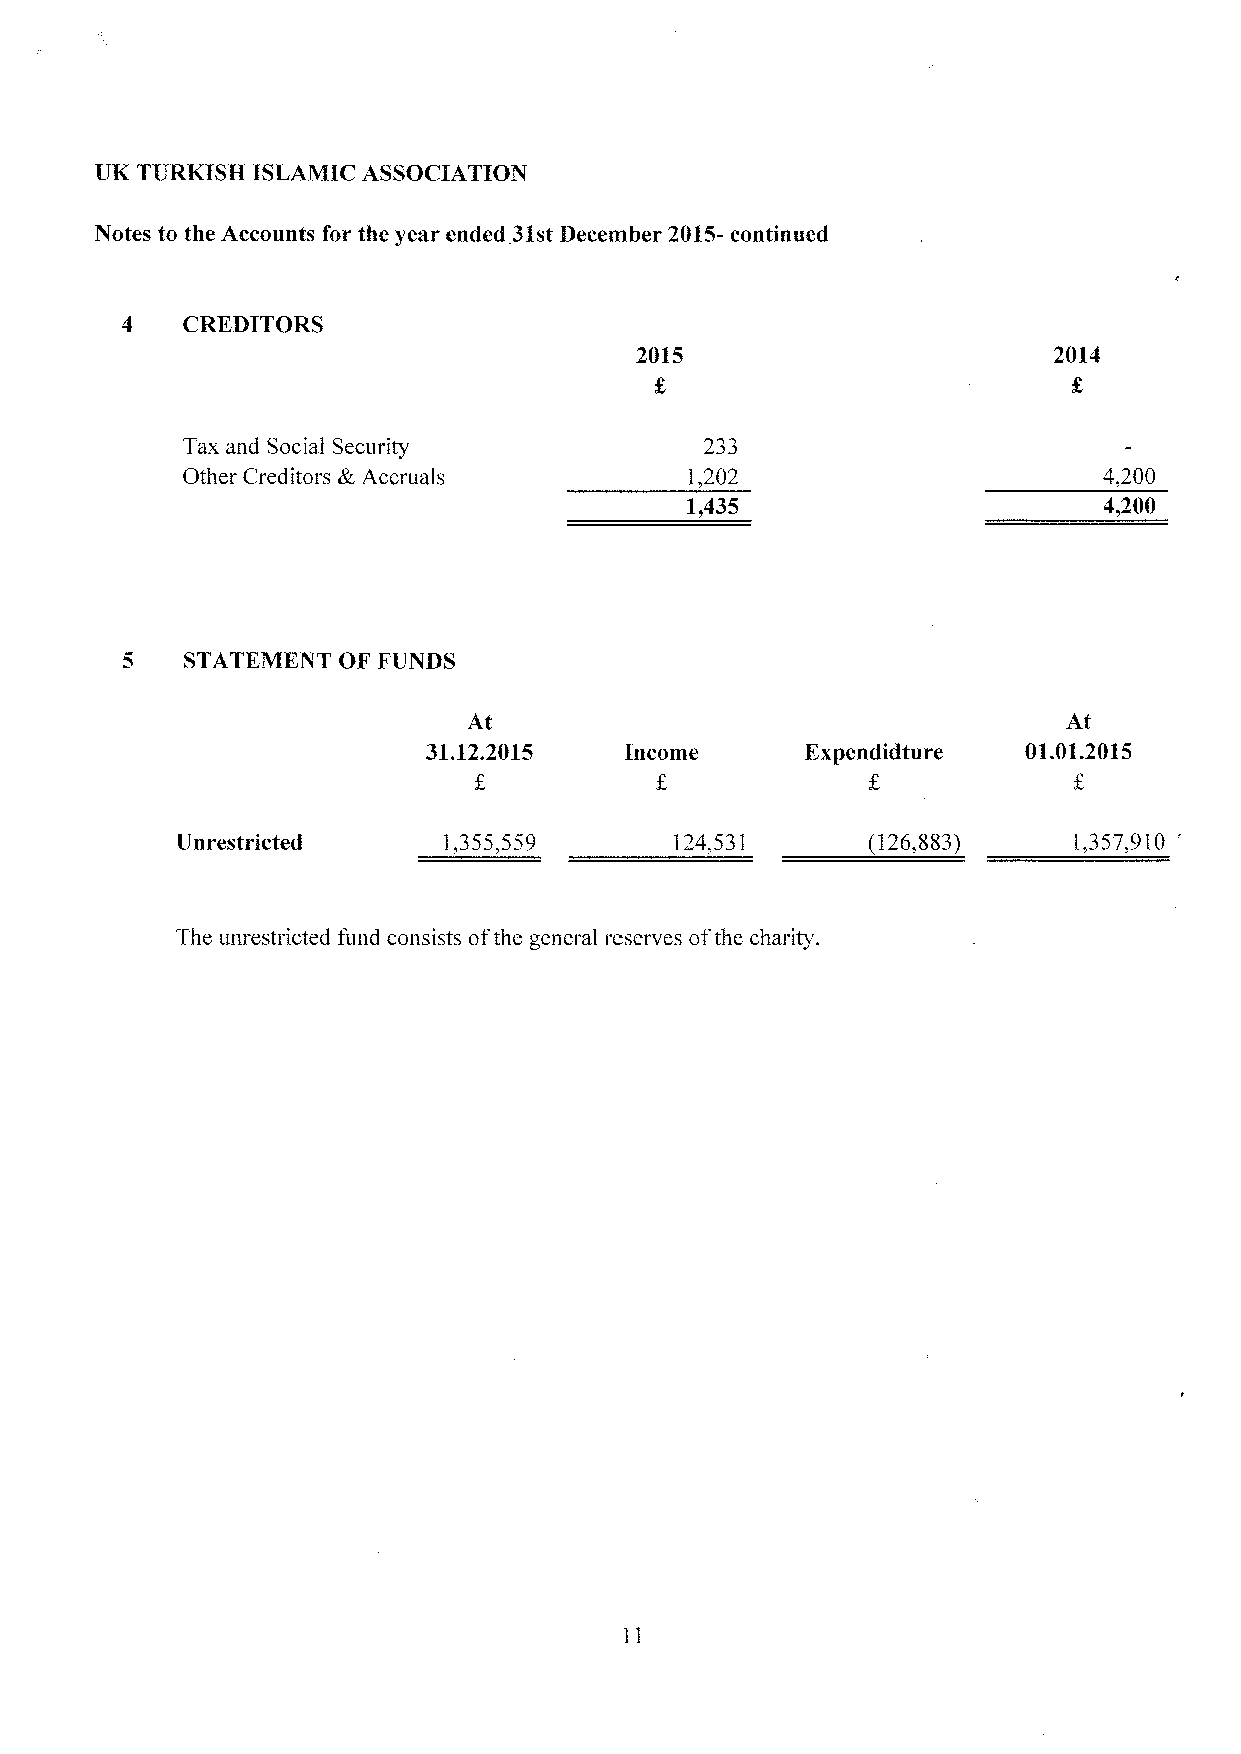
UK TURKISH ISLAMIC ASSOCIATION
 Notes to the Accounts for the year ended 31stDecember 2015-continued
 4   CREDITORS
 2015                        2014
 Tax and Social Security            233
 Other Creditors k, Accruals       1,202                      4,200
 1,435                       4,200
 5   STATEMENT OF FUNDS
 At                                      At
 31.12.2015   Income      Expendidture   01.01.2015
 '
 Unrestricted     1,355,559       124,531     (126,883)     1,357,910
 The unrestricted fund consists ofthe general reserves ofthe charity.
 11